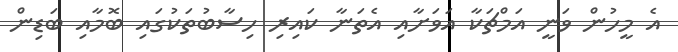
އެ މީހުން ވަނީ އަމްޗަކާ އަވަށާއި އެތަނާ ކައިރި ހިސާބުތަކުގައި ބޮމާއި ބަޑިން